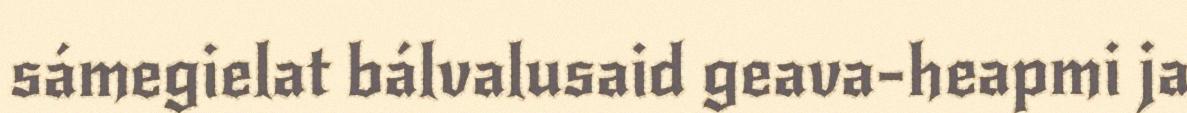
sámegielat bálvalusaid geava-heapmi ja